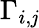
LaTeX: \Gamma_{i,\mathit{j}}